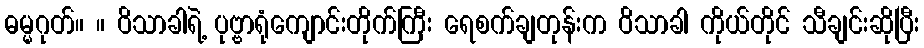
ဓမ္မဂုတ်။ ။ ဝိသာခါရဲ့ ပုဗ္ဗာရုံကျောင်းတိုက်ကြီး ရေစက်ချတုန်းက ဝိသာခါ ကိုယ်တိုင် သီချင်းဆိုပြီး